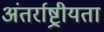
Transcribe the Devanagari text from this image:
अंतर्राष्ट्रीयता